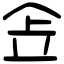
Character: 𠈔